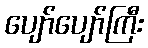
ပျော်ပျော်ကြီး